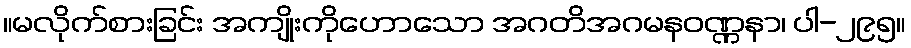
။မလိုက်စားခြင်း အကျိုးကိုဟောသော အဂတိအဂမနဝဏ္ဏနာ၊ ပါ-၂၉၅။